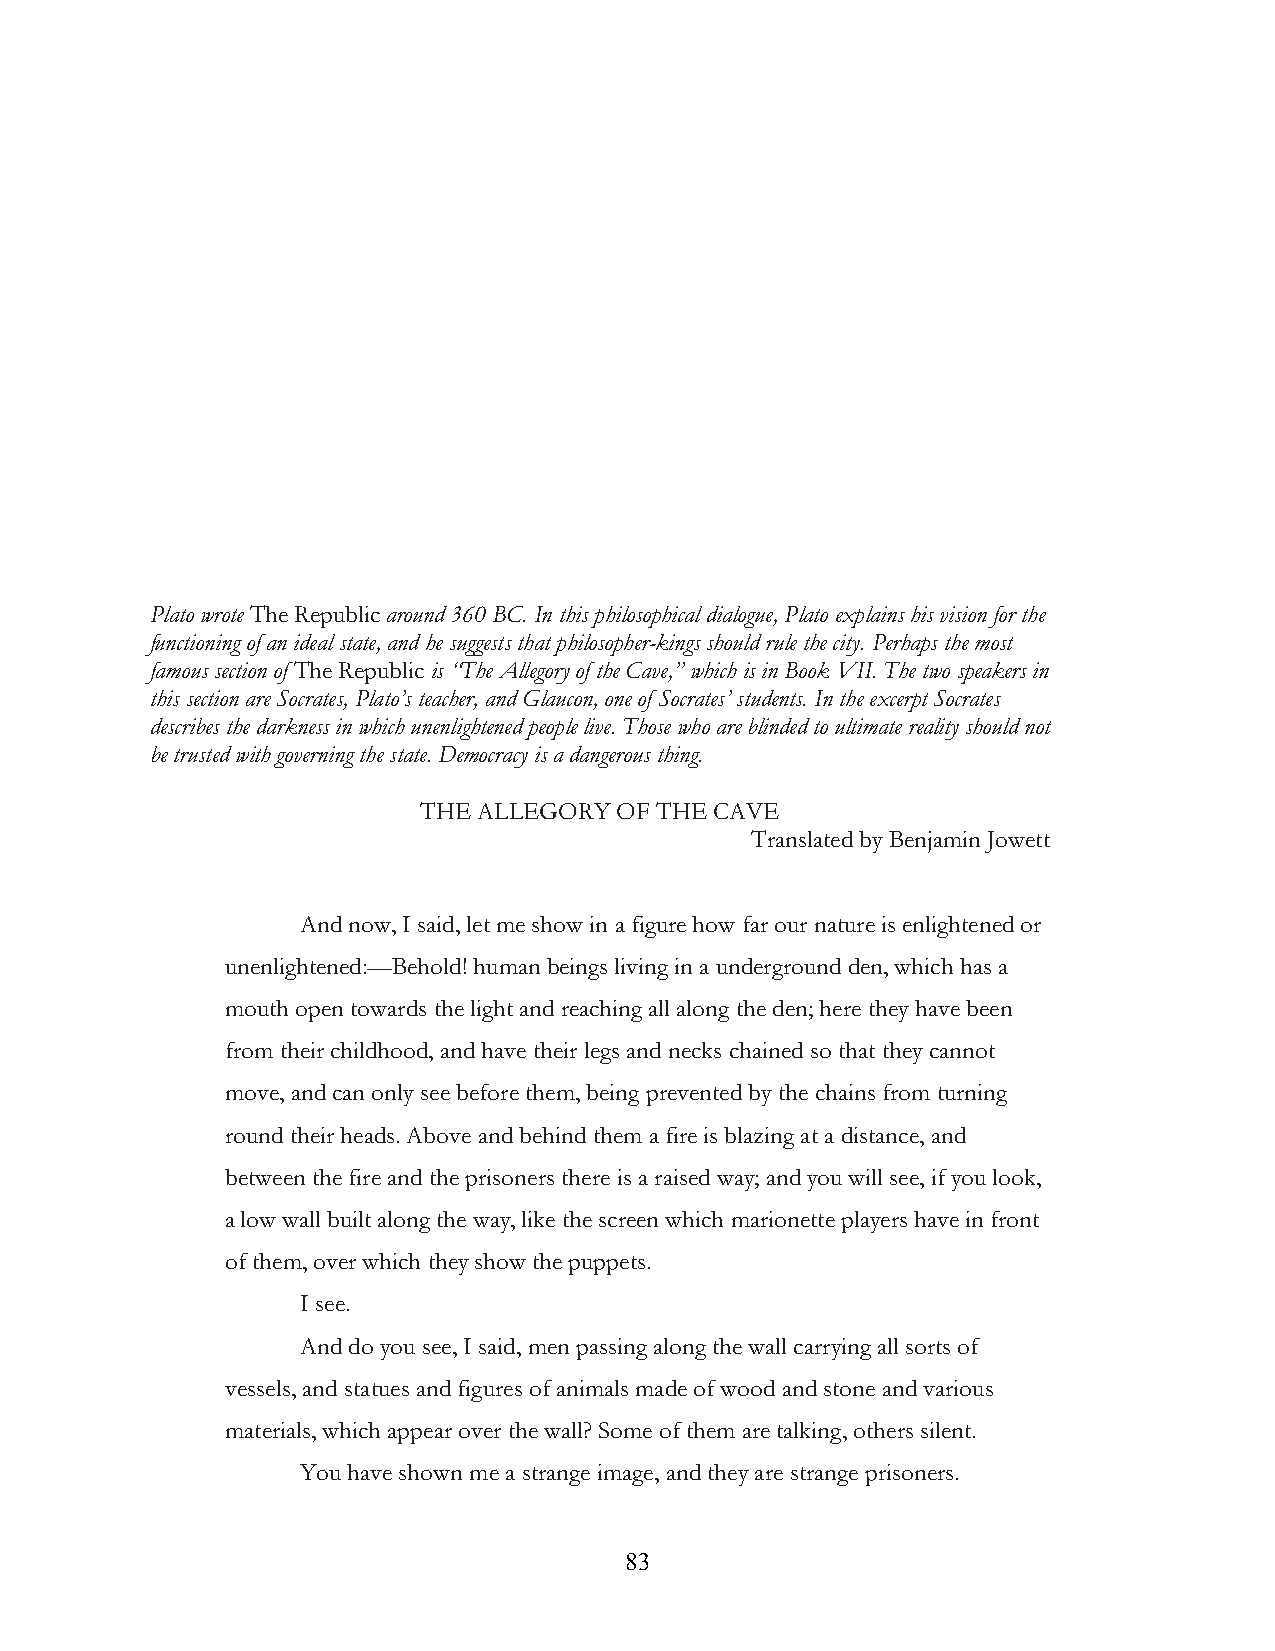
Plato wrote The Republic around 360 BC. In this philosophical dialogue, Plato explains his vision for the
 functioning of an ideal state, and he suggests that philosopher-kings should rule the city. Perhaps the most
 famous section of The Republic is “The Allegory of the Cave,” which is in Book VII. The two speakers in
 this section are Socrates, Plato’s teacher, and Glaucon, one of Socrates’ students. In the excerpt Socrates
 describes the darkness in which unenlightened people live. Those who are blinded to ultimate reality should not
 be trusted with governing the state. Democracy is a dangerous thing.
 THE ALLEGORY OF THE CAVE
 Translated by Benjamin Jowett
 And now, I said, let me show in a figure how far our nature is enlightened or
 unenlightened:—Behold! human beings living in a underground den, which has a
 mouth open towards the light and reaching all along the den; here they have been
 from their childhood, and have their legs and necks chained so that they cannot
 move, and can only see before them, being prevented by the chains from turning
 round their heads. Above and behind them a fire is blazing at a distance, and
 between the fire and the prisoners there is a raised way; and you will see, if you look,
 a low wall built along the way, like the screen which marionette players have in front
 of them, over which they show the puppets.
 I see.
 And do you see, I said, men passing along the wall carrying all sorts of
 vessels, and statues and figures of animals made of wood and stone and various
 materials, which appear over the wall? Some of them are talking, others silent.
 You have shown me a strange image, and they are strange prisoners.
 !                         83